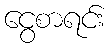
ငွေစာရင်း